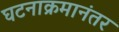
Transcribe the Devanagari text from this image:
घटनाक्रमानंतर